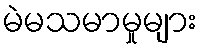
မဲမသမာမှုများ